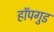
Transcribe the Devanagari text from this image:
हॉपगुड